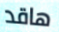
هاقد